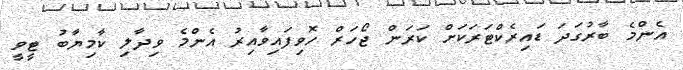
އެންމެ ބާރުގަދަ ޑައިރެކްޓަރަކަށް ކަރަން ޖޯހަރް ހޮވިފައިވާއިރު އެންމެ ވިދާލި ކާމިޔާބު ޓީވީ